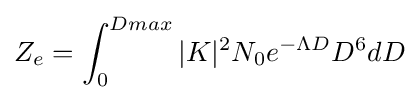
Z_{e}=\int _{0}^{Dmax}|K|^{2}N_{0}e^{-\Lambda D}D^{6}dD